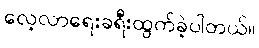
လေ့လာရေးခရီးထွက်ခဲ့ပါတယ်။